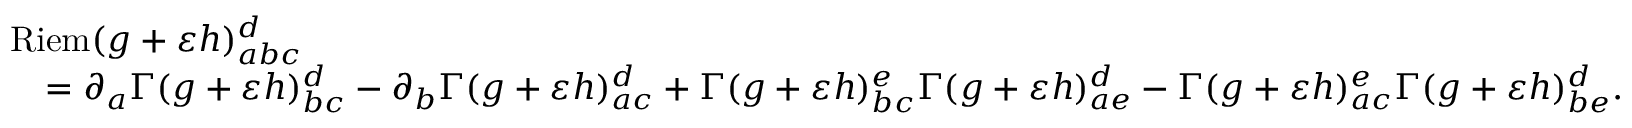
\begin{array} { r l } & { \mathrm { R i e m } ( g + \varepsilon h ) _ { a b c } ^ { d } } \\ & { \quad = \partial _ { a } \Gamma ( g + \varepsilon h ) _ { b c } ^ { d } - \partial _ { b } \Gamma ( g + \varepsilon h ) _ { a c } ^ { d } + \Gamma ( g + \varepsilon h ) _ { b c } ^ { e } \Gamma ( g + \varepsilon h ) _ { a e } ^ { d } - \Gamma ( g + \varepsilon h ) _ { a c } ^ { e } \Gamma ( g + \varepsilon h ) _ { b e } ^ { d } . } \end{array}